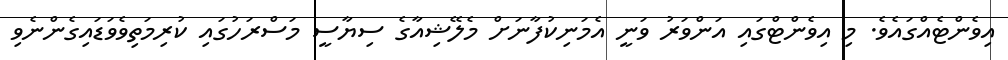
އިވެންޓެއްގައެވެ. މި އިވެންޓްގައި އަންވަރު ވަނީ އެމަނިކުފާނަށް މެލޭޝިއާގެ ސިޔާސީ މަސްރަހުގައި ކުރިމަތިވެވަޑައިގެންނެވި